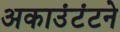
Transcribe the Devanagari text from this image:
अकाउंटंटने